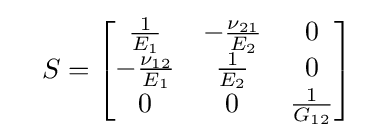
\quad S={\begin{bmatrix}{\tfrac {1}{E_{\rm {1}}}}&-{\tfrac {\nu _{\rm {21}}}{E_{\rm {2}}}}&0\\-{\tfrac {\nu _{\rm {12}}}{E_{\rm {1}}}}&{\tfrac {1}{E_{\rm {2}}}}&0\\0&0&{\tfrac {1}{G_{\rm {12}}}}\\\end{bmatrix}}